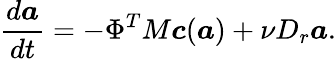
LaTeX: \frac{d\boldsymbol{a}}{dt}=-\Phi^{T}M\boldsymbol{c}(\boldsymbol{a})+\nu D_{r}\boldsymbol{a}.